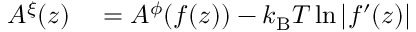
\begin{array} { r l } { A ^ { \xi } ( z ) } & { { } = A ^ { \phi } ( f ( z ) ) - \ensuremath { k _ { \mathrm { B } } } T \ln | f ^ { \prime } ( z ) | } \end{array}